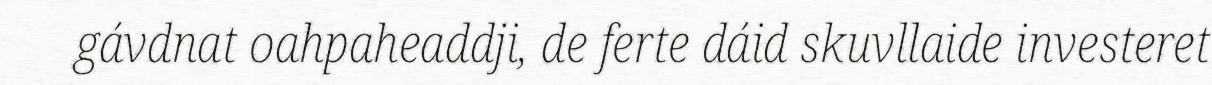
gávdnat oahpaheaddji, de ferte dáid skuvllaide investeret